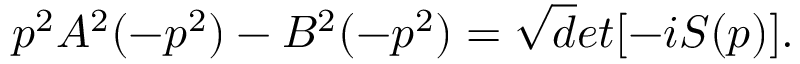
p ^ { 2 } A ^ { 2 } ( - p ^ { 2 } ) - B ^ { 2 } ( - p ^ { 2 } ) = \sqrt d e t [ - i S ( p ) ] .